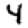
Digit: 4